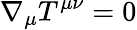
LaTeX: \nabla_{\mu}T^{\mu\nu}=0